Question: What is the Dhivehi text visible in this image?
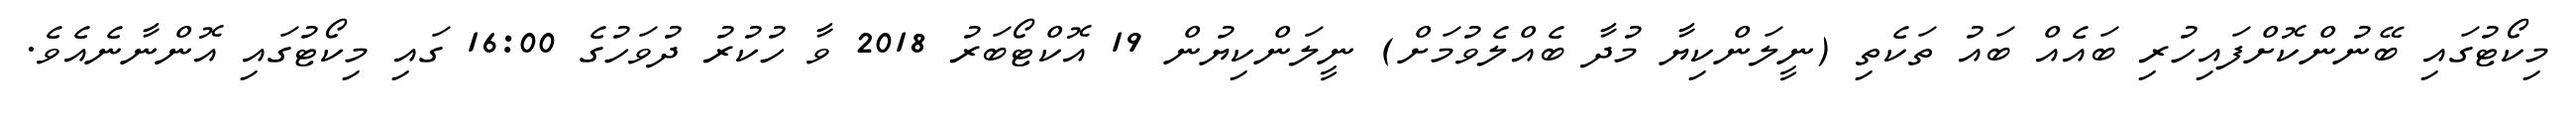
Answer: މިކޯޓުގައި ބޭނުންކޮށްފައިހުރި ބައެއް ބައު ތަކެތި (ނީލަންކިޔާ މުދާ ބެއްލެވުމަށް) ނީލަންކިޔުން 19 އޮކްޓޯބަރު 2018 ވާ ހުކުރު ދުވަހުގެ 16:00 ގައި މިކޯޓުގައި އޮންނާނެއެވެ.